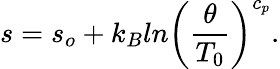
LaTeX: s=s_{o}+k_{B}ln\bigg({\frac{\theta}{T_{0}}}\bigg)^{c_{p}}.